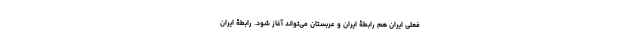
فعلی ایران هم رابطۀ ایران و عربستان می‌تواند آغاز شود. رابطۀ ایران